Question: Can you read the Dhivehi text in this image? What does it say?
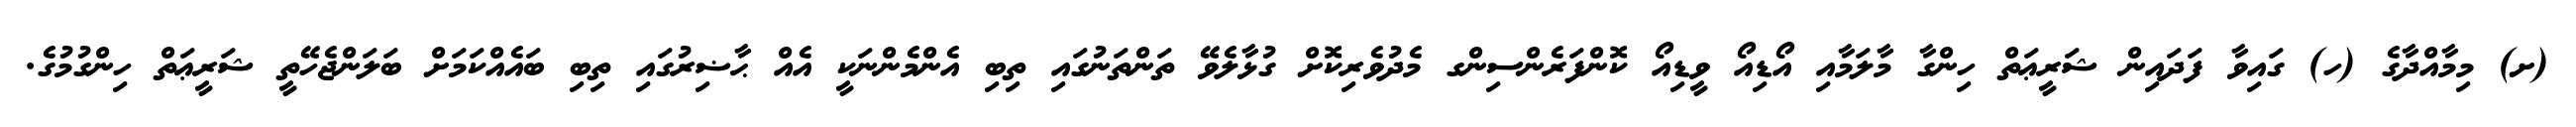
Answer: (ށ) މިމާއްދާގެ (ހ) ގައިވާ ފަދައިން ޝަރީޢަތް ހިންގާ މާލަމާއި އޯޑިއޯ ވީޑިއޯ ކޮންފަރެންސިންގ މެދުވެރިކޮށް ގުޅާލެވޭ ތަންތަނުގައި ތިބި އެންމެންނަކީ އެއް ޙާޟިރުގައި ތިބި ބައެއްކަމަށް ބަލަންޖެހޭތީ ޝަރީޢަތް ހިންގުމުގެ.